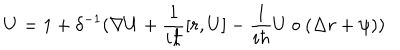
LaTeX: U = 1 + \delta ^ { - 1 } ( \nabla U + \frac 1 { i \hbar } [ r , U ] - \frac 1 { i \hbar } U \circ ( \Delta r + \psi ) )